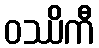
ဝဿိကီ